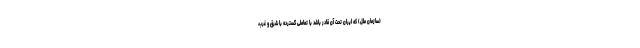
(سازمان ملل) که ایران تحت آن قادر باشد با تعاملی گسترده با شرق و غرب،